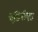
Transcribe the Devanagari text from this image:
ऐडिनॉएड